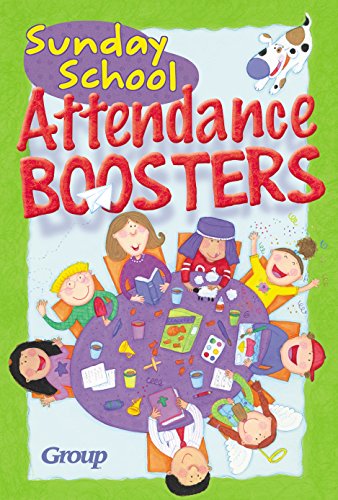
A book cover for Sunday School Attendance Boosters: 165 Fresh and New Ideas; Group Publishing; Christian Books & Bibles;